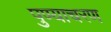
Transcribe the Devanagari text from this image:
पुण्याचरण